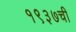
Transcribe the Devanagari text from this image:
१९३७ची